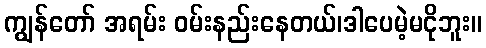
ကျွန်တော် အရမ်း ဝမ်းနည်းနေတယ်၊ဒါပေမဲ့မငိုဘူး။